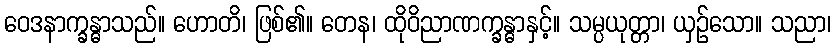
ဝေဒနာက္ခန္ဓာသည်။ ဟောတိ၊ ဖြစ်၏။ တေန၊ ထိုဝိညာဏက္ခန္ဓာနှင့်။ သမ္ပယုတ္တာ၊ ယှဉ်သော။ သညာ၊